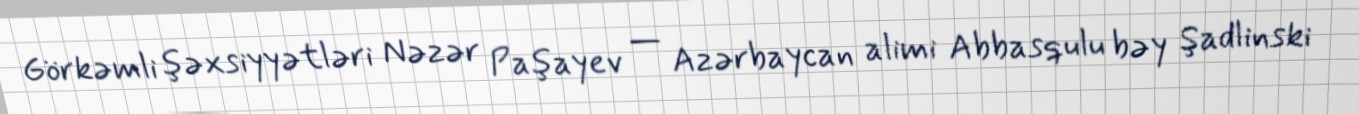
Görkəmli şəxsiyyətləri Nəzər Paşayev — Azərbaycan alimi Abbasqulu bəy Şadlinski